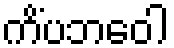
ကိံပဘဝေါ